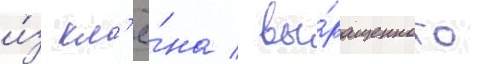
и́з кл'ё́на / вы́ращенного